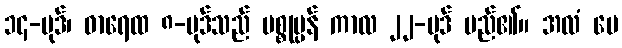
၁၄-ပုဒ်၊ ဓာရေထ ၈-ပုဒ်သည် ပစ္စုပ္ပန် ကာလ ၂၂-ပုဒ် မည်၏။ အလံ မေ